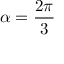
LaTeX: \alpha = { \frac { 2 \pi } { 3 } }